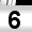
Digit: 6